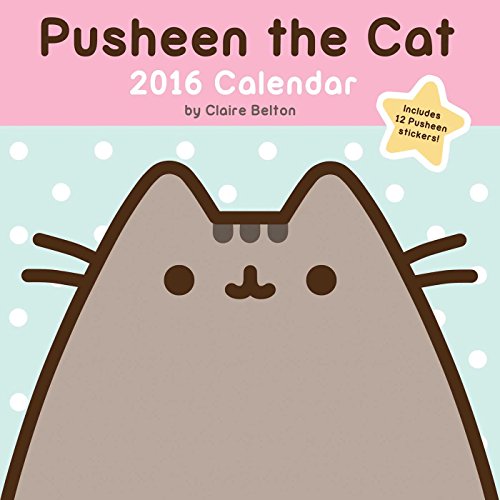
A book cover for Pusheen the Cat 2016 Wall Calendar; Claire Belton; Calendars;